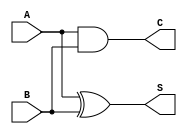
`ifndef HALF_ADDER_V
`define HALF_ADDER_V

`timescale 1ns/10ps

module half_adder(
    input A, B,
    output S, C
);
    assign S = A ^ B;
    assign C  = A & B;
endmodule
`endif // HALF_ADDER_V